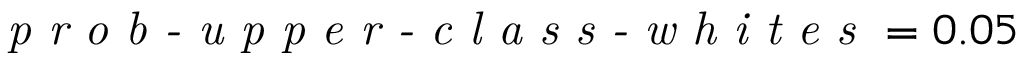
\textit { p r o b - u p p e r - c l a s s - w h i t e s } = 0 . 0 5